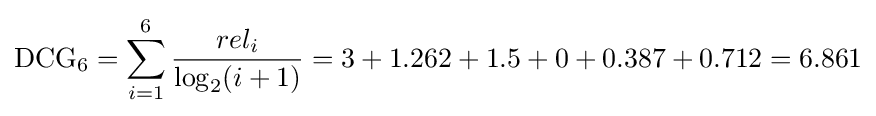
\mathrm {DCG_{6}} =\sum _{i=1}^{6}{\frac {rel_{i}}{\log _{2}(i+1)}}=3+1.262+1.5+0+0.387+0.712=6.861